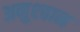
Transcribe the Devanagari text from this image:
अनुश्ठान